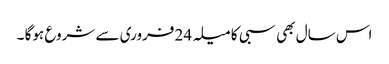
اس سال بھی سبی کا میلہ 24 فروری سے شروع ہوگا ۔